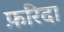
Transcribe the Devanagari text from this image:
फ़रिदा